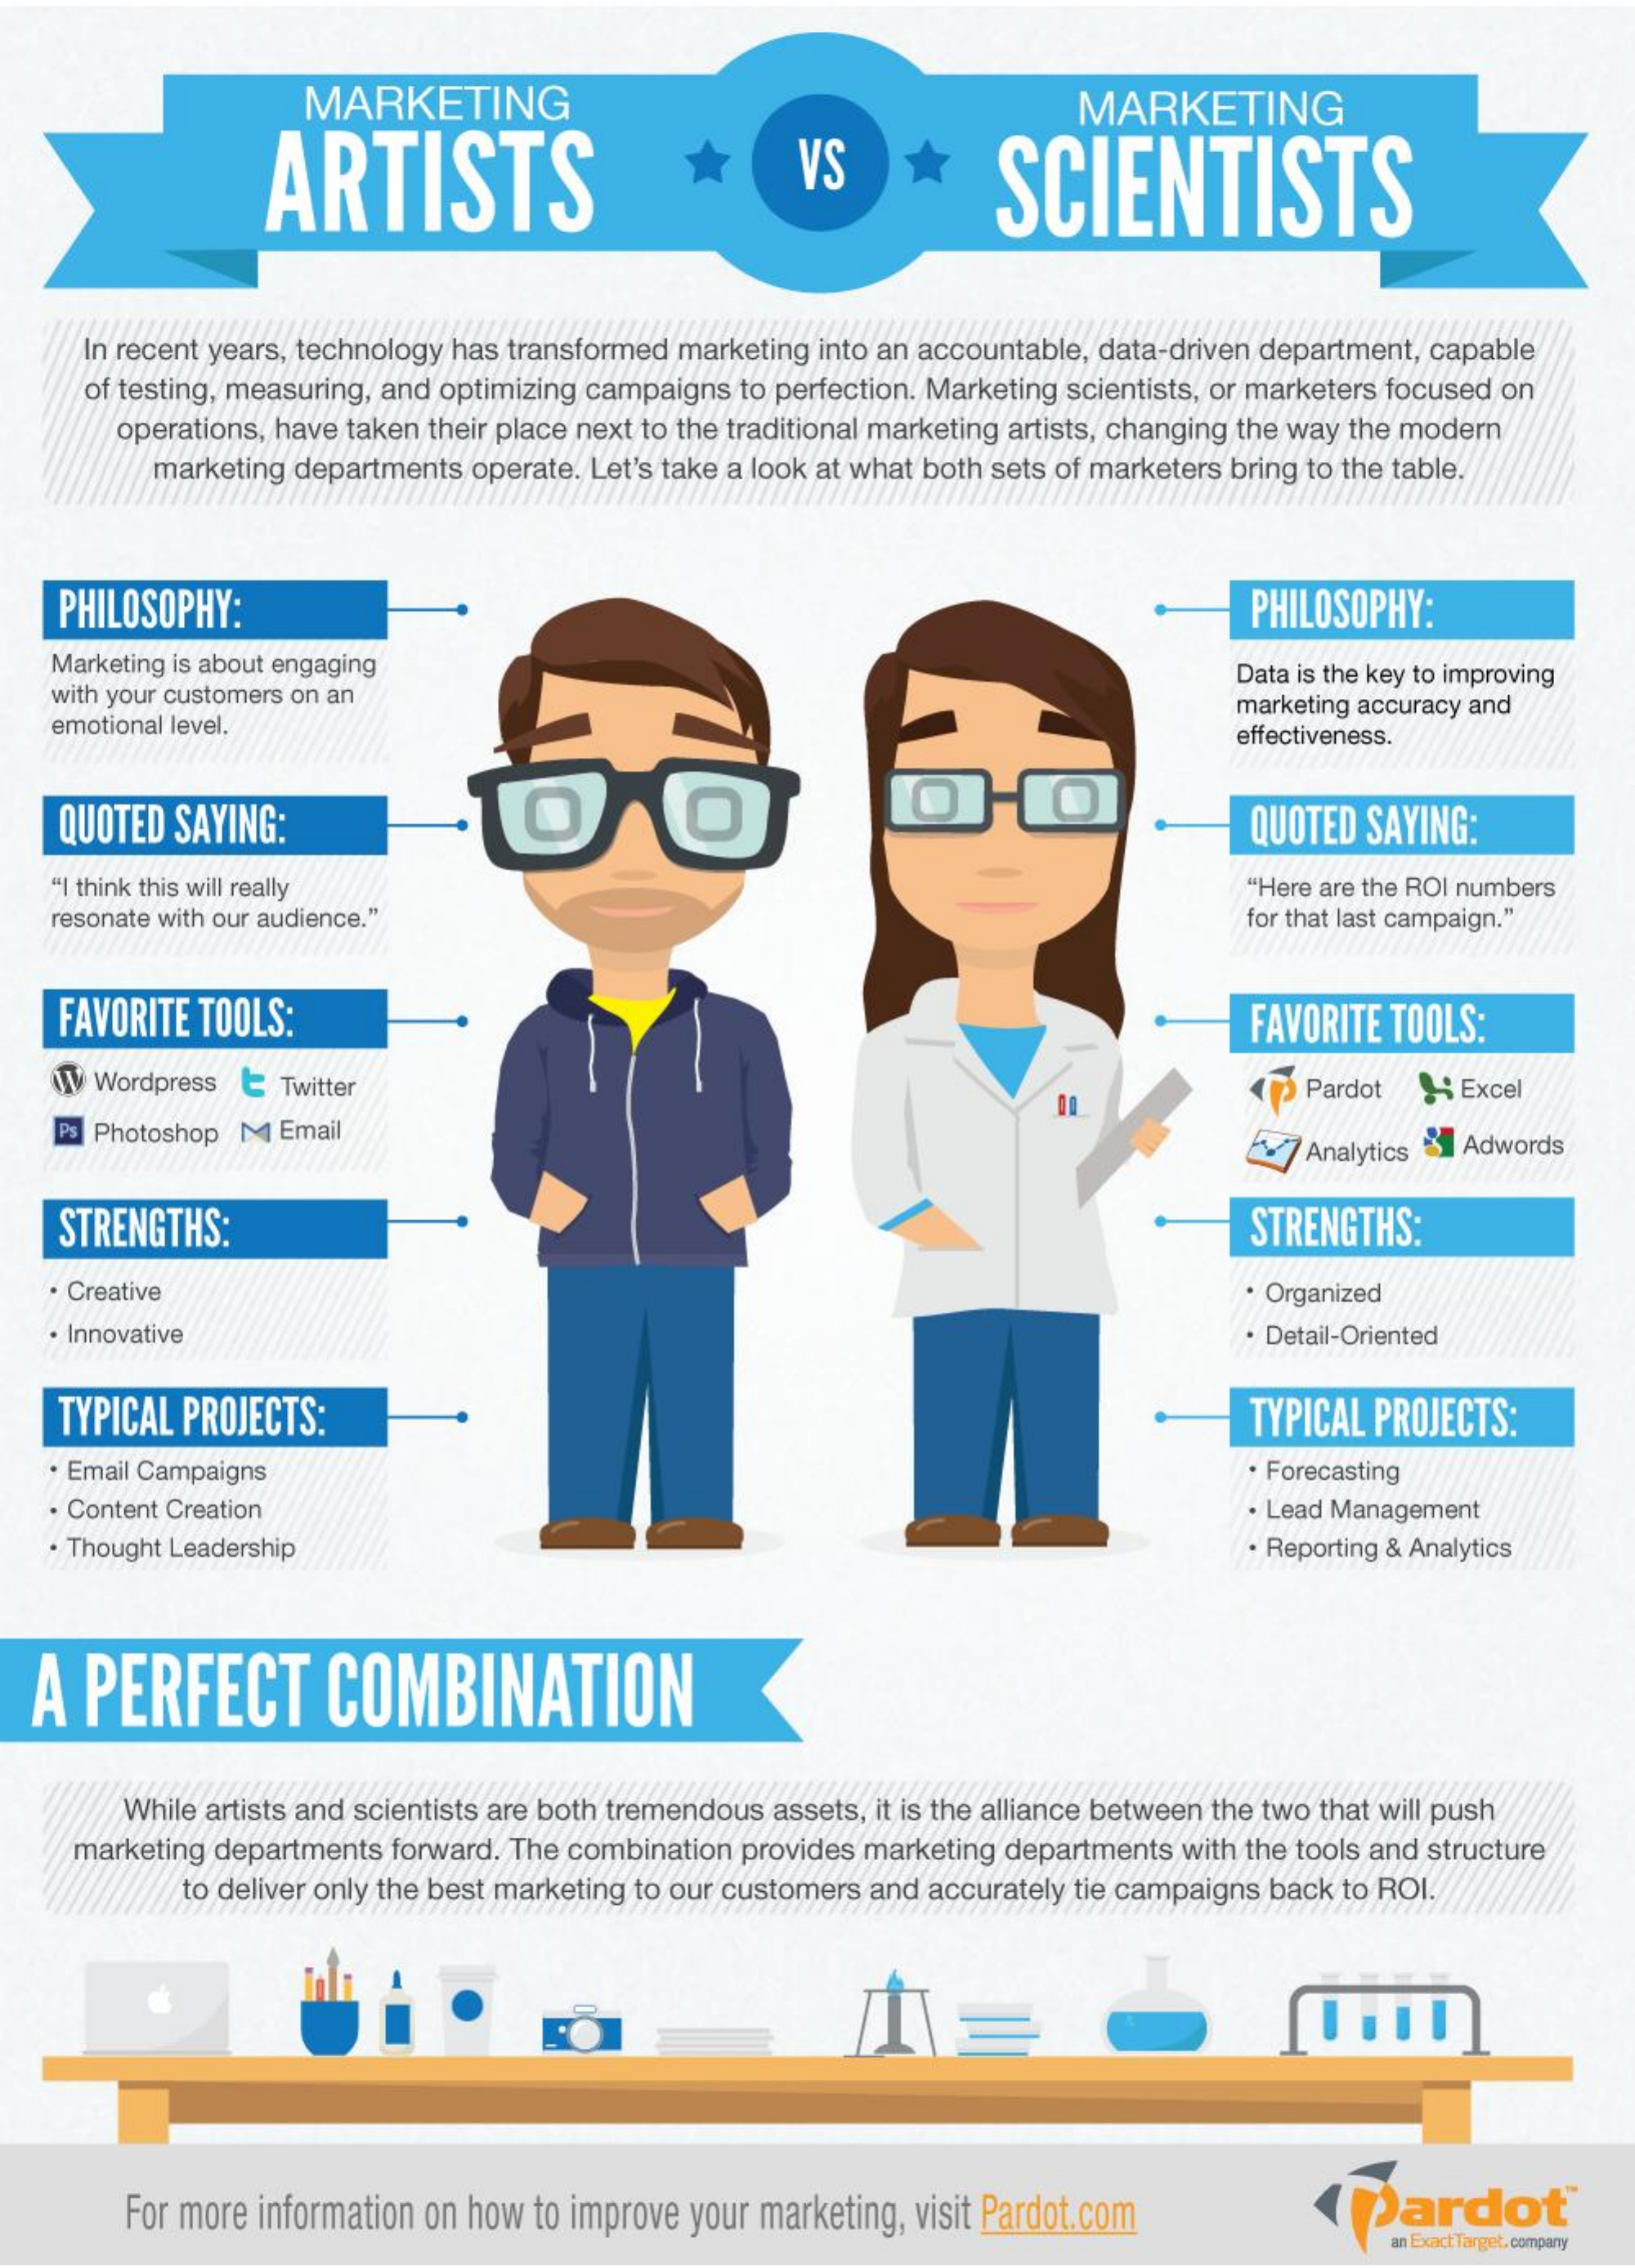
MARKETING
     ARTISTS
     MARKETING
     VS    SCIENTISTS
     In recent years, technology has transformed marketing into an accountable, data-driven department, capable
     of testing, measuring, and optimizing campaigns to perfection. Marketing scientists, or marketers focused on
     operations, have taken their place next to the traditional marketing artists, changing the way the modern
     marketing departments operate. Let's take a look at what both sets of marketers bring to the table.
    PHILOSOPHY:    PHILOSOPHY:
    Marketing is about engaging
    with your customers on an
     Data is the key to improving
    emotional level.
     marketing accuracy and
     effectiveness.
    QUOTED  SAYING:    O    O
     QUOTED SAYING:
    "I think this will really    "Here are the ROI numbers
    resonate with our audience."    for that last campaign."
    FAVORITE TOOLS:    FAVORITE TOOLS:
     Wordpress E  Twitter    Pardot    Excel
    Ps Photoshop M Email
     Analytics Adwords
    STRENGTHS:    STRENGTHS:
    · Creative    Organized
     Innovative    · Detail-Oriented
    TYPICAL PROJECTS:    TYPICAL PROJECTS:
    · Email Campaigns    · Forecasting
    · Content Creation    · Lead Management
    · Thought Leadership    · Reporting & Analytics
  A  PERFECT    COMBINATION
     While artists and scientists are both tremendous assets, it is the alliance between the two that will push
     marketing departments forward. The combination provides marketing departments with the tools and structure
     to deliver only the best marketing to our customers and accurately tie campaigns back to ROI.
     For more information on how to improve your marketing, visit Pardot.com    (Pardot
     an Exact Target, company